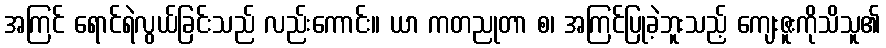
အကြင် ရောင်ရဲလွယ်ခြင်းသည် လည်းကောင်း။ ယာ ကတညုတာ စ၊ အကြင်ပြုခဲ့ဘူးသည့် ကျေးဇူးကိုသိသူ၏